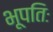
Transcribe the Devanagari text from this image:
भूपतिः